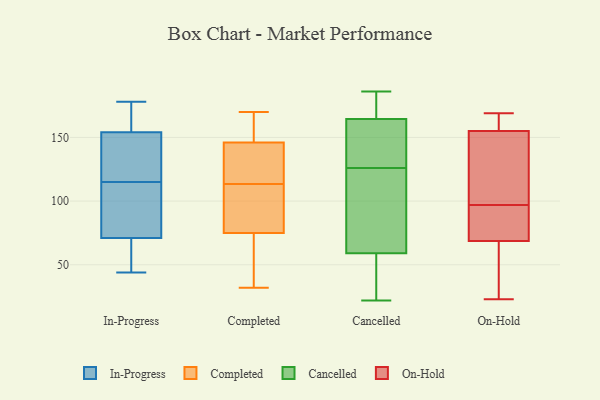
{"axis": {"x": "Active Users", "y": "Value"}, "legend": ["Cancelled", "Completed", "In-Progress", "On-Hold"], "data": [{"x": "", "y": 44, "type": "In-Progress"}, {"x": "", "y": 71, "type": "In-Progress"}, {"x": "", "y": 122, "type": "In-Progress"}, {"x": "", "y": 112, "type": "In-Progress"}, {"x": "", "y": 178, "type": "In-Progress"}, {"x": "", "y": 48, "type": "In-Progress"}, {"x": "", "y": 102, "type": "In-Progress"}, {"x": "", "y": 168, "type": "In-Progress"}, {"x": "", "y": 118, "type": "In-Progress"}, {"x": "", "y": 154, "type": "In-Progress"}, {"x": "", "y": 132, "type": "Completed"}, {"x": "", "y": 146, "type": "Completed"}, {"x": "", "y": 165, "type": "Completed"}, {"x": "", "y": 137, "type": "Completed"}, {"x": "", "y": 41, "type": "Completed"}, {"x": "", "y": 114, "type": "Completed"}, {"x": "", "y": 146, "type": "Completed"}, {"x": "", "y": 76, "type": "Completed"}, {"x": "", "y": 32, "type": "Completed"}, {"x": "", "y": 145, "type": "Completed"}, {"x": "", "y": 69, "type": "Completed"}, {"x": "", "y": 110, "type": "Completed"}, {"x": "", "y": 110, "type": "Completed"}, {"x": "", "y": 170, "type": "Completed"}, {"x": "", "y": 113, "type": "Completed"}, {"x": "", "y": 41, "type": "Completed"}, {"x": "", "y": 165, "type": "Completed"}, {"x": "", "y": 75, "type": "Completed"}, {"x": "", "y": 77, "type": "Cancelled"}, {"x": "", "y": 153, "type": "Cancelled"}, {"x": "", "y": 120, "type": "Cancelled"}, {"x": "", "y": 184, "type": "Cancelled"}, {"x": "", "y": 184, "type": "Cancelled"}, {"x": "", "y": 44, "type": "Cancelled"}, {"x": "", "y": 66, "type": "Cancelled"}, {"x": "", "y": 28, "type": "Cancelled"}, {"x": "", "y": 22, "type": "Cancelled"}, {"x": "", "y": 74, "type": "Cancelled"}, {"x": "", "y": 186, "type": "Cancelled"}, {"x": "", "y": 132, "type": "Cancelled"}, {"x": "", "y": 52, "type": "Cancelled"}, {"x": "", "y": 135, "type": "Cancelled"}, {"x": "", "y": 162, "type": "Cancelled"}, {"x": "", "y": 156, "type": "Cancelled"}, {"x": "", "y": 167, "type": "Cancelled"}, {"x": "", "y": 167, "type": "Cancelled"}, {"x": "", "y": 107, "type": "Cancelled"}, {"x": "", "y": 34, "type": "Cancelled"}, {"x": "", "y": 155, "type": "On-Hold"}, {"x": "", "y": 140, "type": "On-Hold"}, {"x": "", "y": 23, "type": "On-Hold"}, {"x": "", "y": 82, "type": "On-Hold"}, {"x": "", "y": 104, "type": "On-Hold"}, {"x": "", "y": 155, "type": "On-Hold"}, {"x": "", "y": 85, "type": "On-Hold"}, {"x": "", "y": 168, "type": "On-Hold"}, {"x": "", "y": 71, "type": "On-Hold"}, {"x": "", "y": 115, "type": "On-Hold"}, {"x": "", "y": 163, "type": "On-Hold"}, {"x": "", "y": 97, "type": "On-Hold"}, {"x": "", "y": 169, "type": "On-Hold"}, {"x": "", "y": 80, "type": "On-Hold"}, {"x": "", "y": 52, "type": "On-Hold"}, {"x": "", "y": 62, "type": "On-Hold"}, {"x": "", "y": 56, "type": "On-Hold"}]}